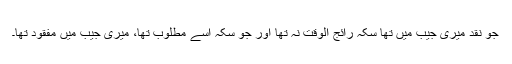
جو نقد میری جیب میں تھا سکہ رائج الوقت نہ تھا اور جو سکہ اُسے مطلوب تھا، میری جیب میں مفقود تھا۔